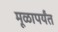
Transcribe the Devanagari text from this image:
मूळापर्यंत